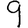
Digit: 9